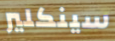
سينكلير